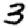
Digit: 3